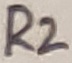
Text: R2